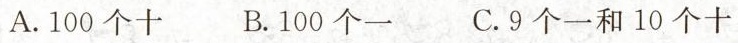
A.100个十 B.100个一 C.9个一和10个十